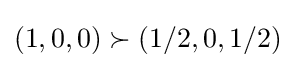
(1,0,0)\succ (1/2,0,1/2)